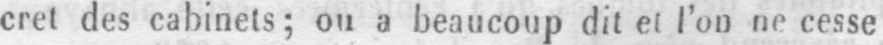
cret des cabinets; ou a beaucoup dit et l’on ne cesse